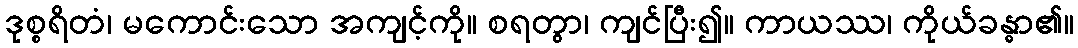
ဒုစ္စရိတံ၊ မကောင်းသော အကျင့်ကို။ စရတွာ၊ ကျင်ပြီး၍။ ကာယဿ၊ ကိုယ်ခန္ဓာ၏။